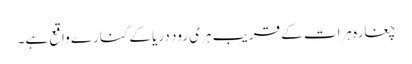
چغارہ ہرات کے قریب ہری رود دریا کے کنارے واقع ہے۔